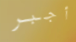
أجبر